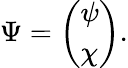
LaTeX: \Psi=\left(\begin{array}{l}{{\psi}}\\ {{\chi}}\end{array}\right).